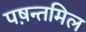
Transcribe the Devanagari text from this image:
पष़न्तमिल